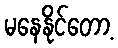
မနေနိုင်တော့